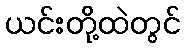
ယင်းတို့ထဲတွင်